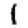
Digit: 1